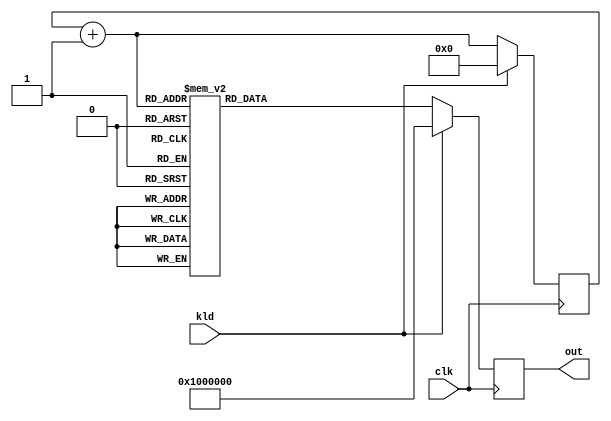
module aes_rcon(clk, kld, out);
input		clk;
input		kld;
output	[31:0]	out;
reg	[31:0]	out;
reg	[3:0]	rcnt;
wire	[3:0]	rcnt_next;

always @(posedge clk)
	if(kld)		out <= #1 32'h01_00_00_00;
	else		out <= #1 frcon(rcnt_next);

assign rcnt_next = rcnt + 4'h1;
always @(posedge clk)
	if(kld)		rcnt <= #1 4'h0;
	else		rcnt <= #1 rcnt_next;

function [31:0]	frcon;
input	[3:0]	i;
case(i)	// synopsys parallel_case
   4'h0: frcon=32'h01_00_00_00;
   4'h1: frcon=32'h02_00_00_00;
   4'h2: frcon=32'h04_00_00_00;
   4'h3: frcon=32'h08_00_00_00;
   4'h4: frcon=32'h10_00_00_00;
   4'h5: frcon=32'h20_00_00_00;
   4'h6: frcon=32'h40_00_00_00;
   4'h7: frcon=32'h80_00_00_00;
   4'h8: frcon=32'h1b_00_00_00;
   4'h9: frcon=32'h36_00_00_00;
   default: frcon=32'h00_00_00_00;
endcase
endfunction

endmodule